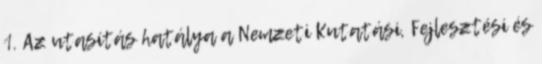
1. Az utasítás hatálya a Nemzeti Kutatási, Fejlesztési és